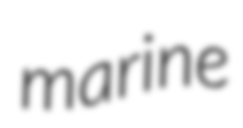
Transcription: marine